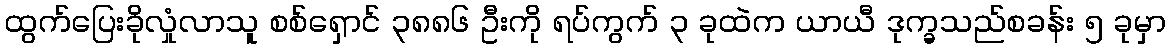
ထွက်ပြေးခိုလှုံလာသူ စစ်ရှောင် ၃၈၈၆ ဦးကို ရပ်ကွက် ၃ ခုထဲက ယာယီ ဒုက္ခသည်စခန်း ၅ ခုမှာ